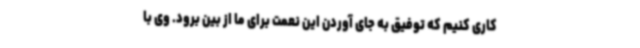
کاری کنیم که توفیق به جای آوردن این نعمت برای ما از بین برود. وی با